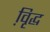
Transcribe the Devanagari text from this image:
वृि़द्ध